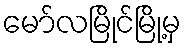
မော်လမြိုင်မြို့မှ